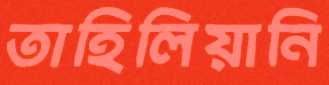
তাহিলিয়ানি